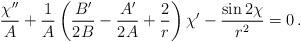
LaTeX: \begin{align*}{\chi''\over A} +{1\over A}\left({B'\over 2B}-{A'\over 2A}+{2\over r}\right)\chi' -{\sin 2\chi \over r^2}=0\,.\end{align*}